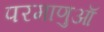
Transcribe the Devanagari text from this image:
परमाणुऑ